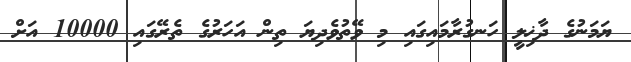
ޔަމަނުގެ ދާޚިލީ ހަނގުރާމައިގައި މި ވޭތުވެދިޔަ ތިން އަހަރުގެ ތެރޭގައި 10000 އަށް